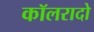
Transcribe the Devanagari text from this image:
कॉलरादो